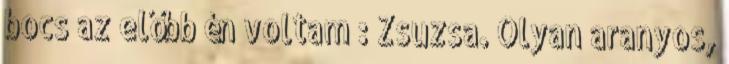
bocs az előbb én voltam : Zsuzsa. Olyan aranyos,